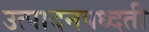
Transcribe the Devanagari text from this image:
उत्पादनपध्दती